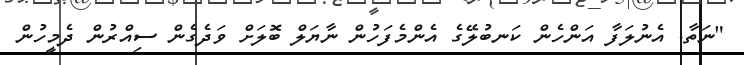
"ނަތާ. އެނުލަފާ އަންހެން ކަނބުލޭގެ އެންމެފަހުން ނާޔަލް ބޮލަށް ވަދެގެން ސިއްރުން ދެމީހުން